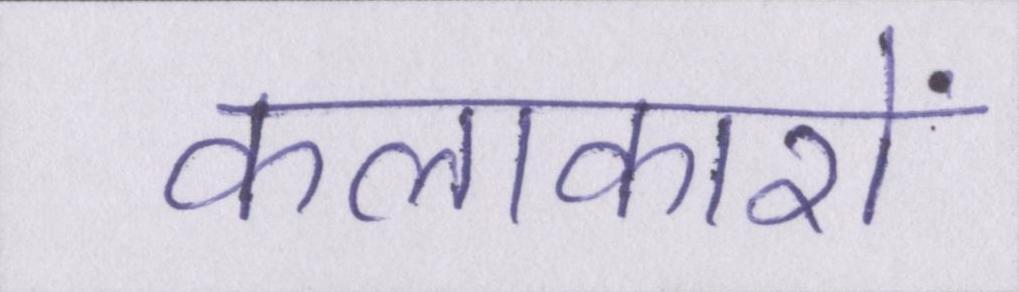
कलाकारों